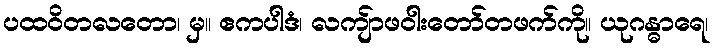
ပထဝိတလတော၊ မှ။ ဧကပါဒံ၊ လကျ်ာဖဝါးတော်တဖက်ကို။ ယုဂန္ဓာရေ၊